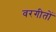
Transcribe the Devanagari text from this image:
वरगीतों